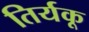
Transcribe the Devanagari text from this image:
तिर्यकू